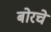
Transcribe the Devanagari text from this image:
बोरचे